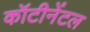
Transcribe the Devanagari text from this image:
कॉटीनेंटल